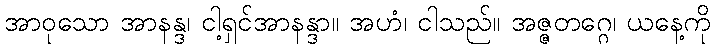
အာဝုသော အာနန္ဒ၊ ငါ့ရှင်အာနန္ဒာ။ အဟံ၊ ငါသည်။ အဇ္ဇတဂ္ဂေ၊ ယနေ့ကို